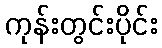
ကုန်းတွင်းပိုင်း